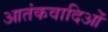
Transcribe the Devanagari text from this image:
आतंकवादिओं